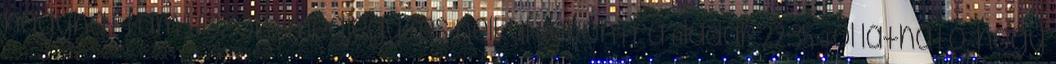
hagyhattam viszontmegjegyzés nélkül Rekontra Aladár 22:35 Jól látható, hogy